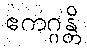
ဧကဂ္ဂန္တိ